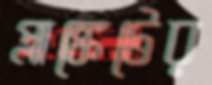
প্লাঙ্কেটের